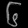
Digit: ၆